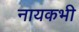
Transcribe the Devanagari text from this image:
नायकभी